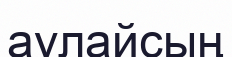
аулайсың